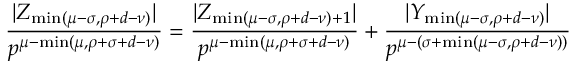
\frac { | Z _ { \operatorname* { m i n } ( \mu - \sigma , \rho + d - \nu ) } | } { p ^ { \mu - \operatorname* { m i n } ( \mu , \rho + \sigma + d - \nu ) } } = \frac { | Z _ { \operatorname* { m i n } ( \mu - \sigma , \rho + d - \nu ) + 1 } | } { p ^ { \mu - \operatorname* { m i n } ( \mu , \rho + \sigma + d - \nu ) } } + \frac { | Y _ { \operatorname* { m i n } ( \mu - \sigma , \rho + d - \nu ) } | } { p ^ { \mu - ( \sigma + \operatorname* { m i n } ( \mu - \sigma , \rho + d - \nu ) ) } }